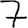
Digit: 7